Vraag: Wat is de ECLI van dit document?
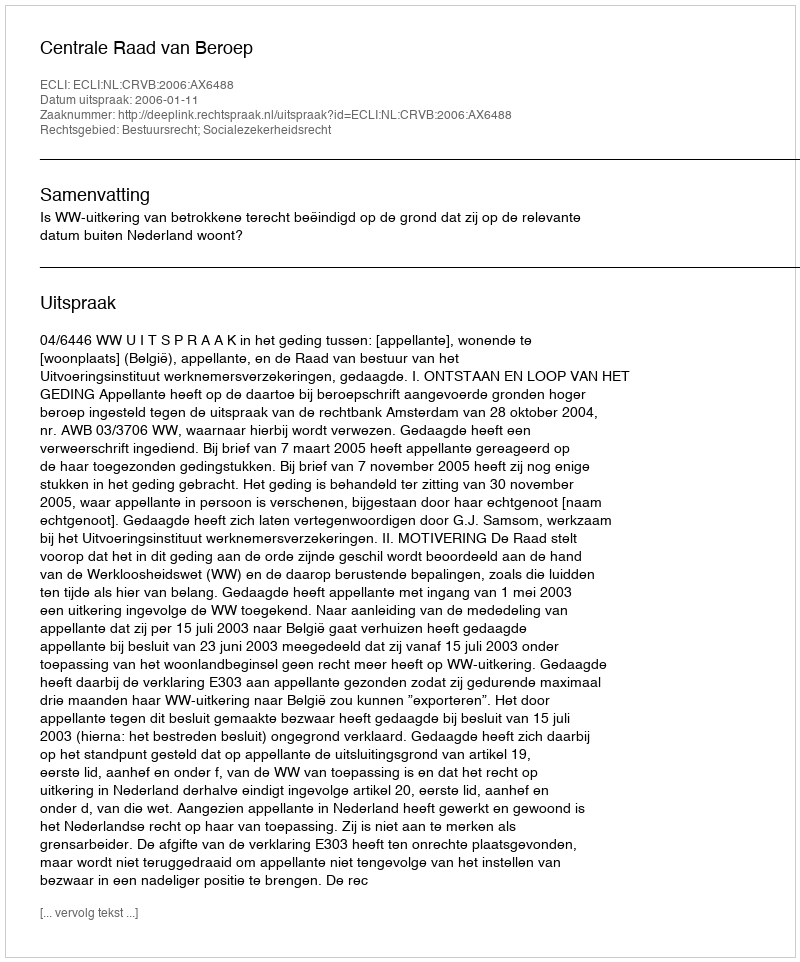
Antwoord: ECLI:NL:CRVB:2006:AX6488